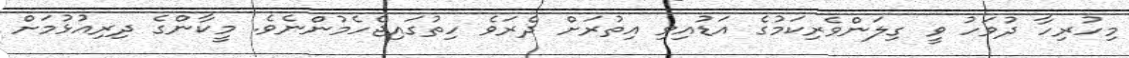
މިހުރިހާ ދުވަހު ވީ ގިލަންވެރިކަމުގެ އަޑުއިވި އިތުރަށް ދެރަވެ ހިތުގައިޖެހެމުންނެވެ. މީކާންގެ ދިރިއުޅުމަށް